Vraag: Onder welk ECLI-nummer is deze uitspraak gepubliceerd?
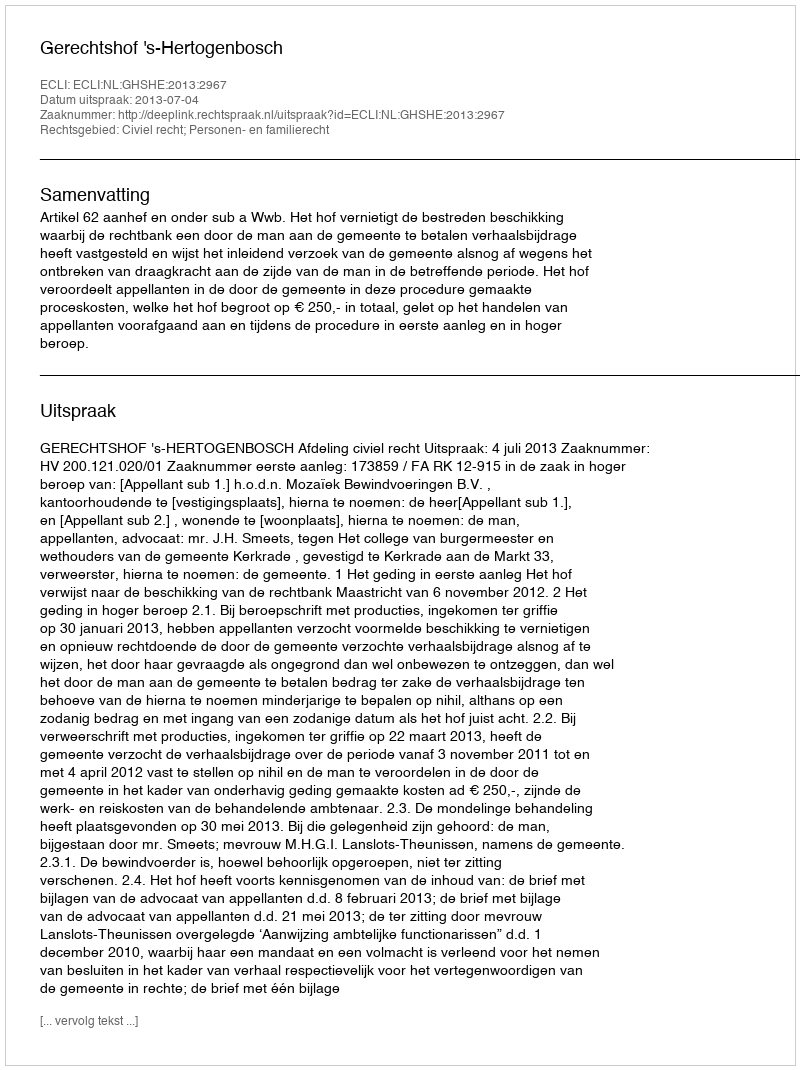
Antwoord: ECLI:NL:GHSHE:2013:2967